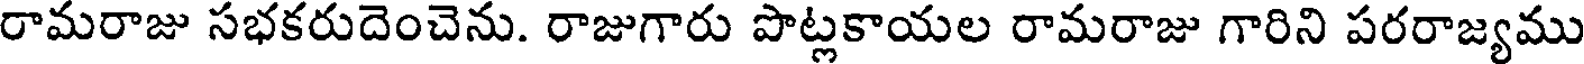
రామరాజు సభకరుదెంచెను. రాజుగారు పొట్లకాయల రామరాజు గారిని పరరాజ్యము